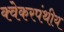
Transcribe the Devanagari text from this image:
क्वेकरपंथीय